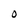
Character: O